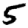
Digit: 5